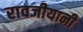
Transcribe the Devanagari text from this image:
रावजीयानी